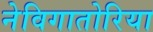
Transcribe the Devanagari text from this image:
नेविगातोरिया